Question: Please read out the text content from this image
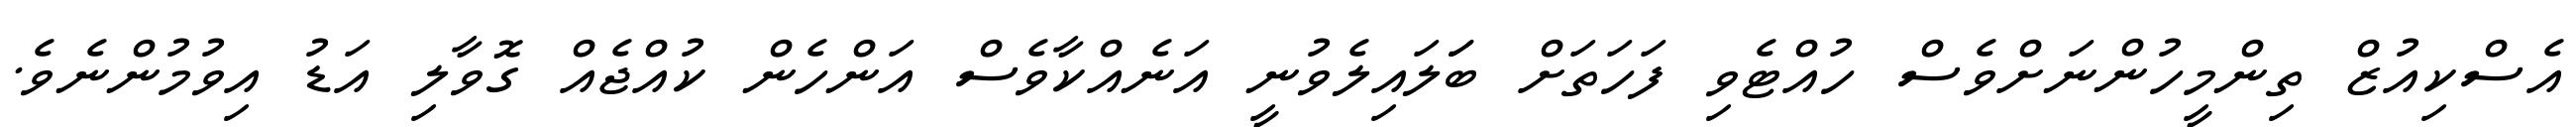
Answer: އެސްކިއުޒް ތިންމީހުންނަށްވެސް ހުއްޓެވި ފަހަތަށް ބަަލައިލެވުނީ އަނެއްކާވެސް އަންހެން ކުއްޖެއް ގޮވާލި އަޑު އިވުމުންނެވެ.